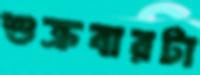
শুক্রবারটা